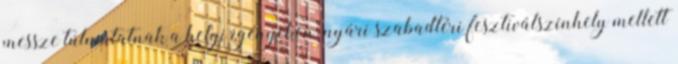
messze túlmutatnak a helyi igényeken: nyári szabadtéri fesztiválszínhely mellett